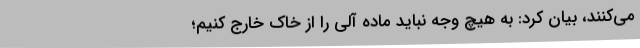
می‌کنند، بیان کرد: به هیچ وجه نباید ماده آلی را از خاک خارج کنیم؛